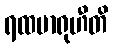
ရထမာရုဟီတိ